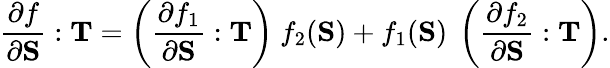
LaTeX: {\frac{\partial f}{\partial\mathbf{S}}}:\mathbf{T}=\left({\frac{\partial f_{1}}{\partial\mathbf{S}}}:\mathbf{T}\right)~f_{2}(\mathbf{S})+f_{1}(\mathbf{S})~\left({\frac{\partial f_{2}}{\partial\mathbf{S}}}:\mathbf{T}\right).